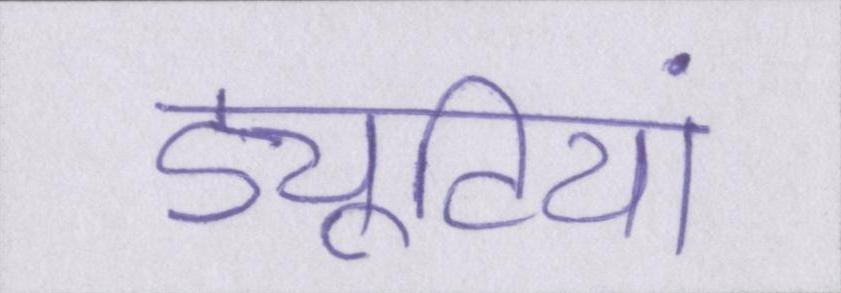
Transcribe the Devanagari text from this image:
ड्यूटियां